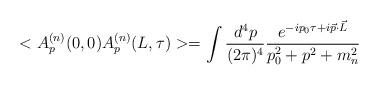
LaTeX: \begin{align*}<A_p^{(n)}(0,0)A_p^{(n)}(L,\tau)>=\int\frac{d^4p}{(2\pi)^4}\frac{e^{-ip_0\tau +i\vec p \cdot \vec L}}{p_0^2+p^2+m_n^2}\end{align*}